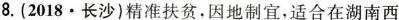
8.(2018.长沙)精准扶贫，因地制宜，适合在湖南西